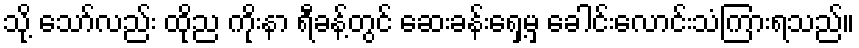
သို့ သော်လည်း ထိုည ကိုးနာ ရီခန့်တွင် ဆေးခန်းရှေ့မှ ခေါင်းလောင်းသံကြားရသည်။